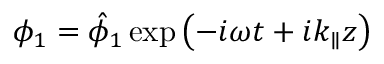
\phi _ { 1 } = \hat { \phi } _ { 1 } \exp \left( - i \omega t + i k _ { \parallel } z \right)